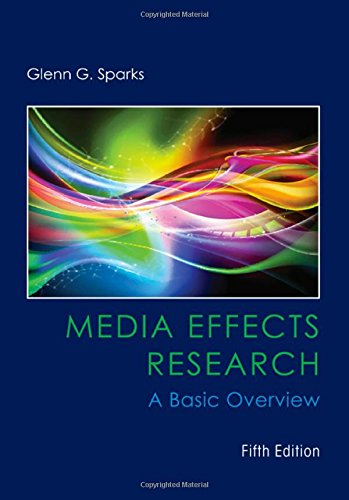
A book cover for Media Effects Research: A Basic Overview (Mass Communication and Journalism); Glenn G. Sparks; Business & Money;